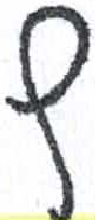
אות: ץ